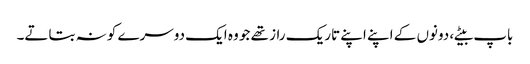
باپ بیٹے، دونوں کے اپنے اپنے تاریک راز تھے جو وہ ایک دوسرے کو نہ بتاتے۔